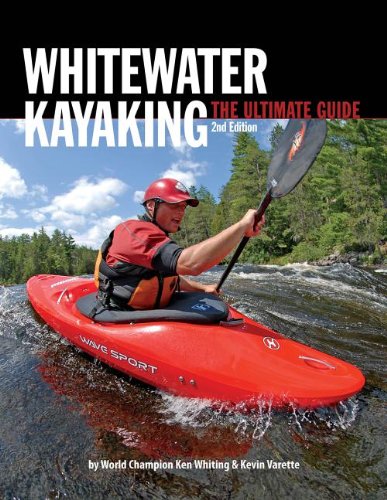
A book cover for Whitewater Kayaking The Ultimate Guide 2nd Edition; Ken Whiting; Sports & Outdoors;